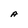
Character: A